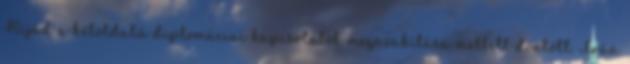
Rijád a kétoldalú diplomáciai kapcsolatok megszakítása mellett döntött. Irán